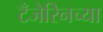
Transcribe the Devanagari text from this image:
टँजेरिनच्या